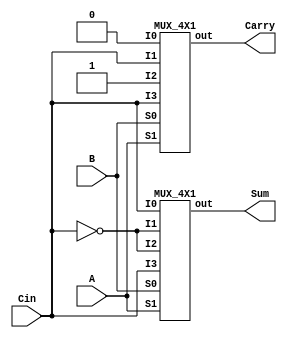
module FA(input A,B,Cin,output Sum,Carry);
  
  wire Cinb;
  
  not g1(Cinb,Cin);
  
  MUX_4X1 m1(.I0(Cin),.I1(Cinb),.I2(Cinb),.I3(Cin),.S0(B),.S1(A),.out(Sum));
  MUX_4X1 m2(.I0(1'b0),.I1(Cin),.I2(1'b1),.I3(Cin),.S0(B),.S1(A),.out(Carry));

endmodule


module MUX_4X1(input I0,I1,I2,I3,S0,S1,output out);
 
  assign out=S1?(S0?I3:I2):(S0?I1:I0);
  
endmodule